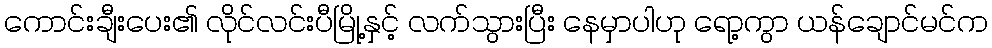
ကောင်းချီးပေး၏ လိုင်လင်းပီမြို့နှင့် လက်သွားပြီး နေမှာပါဟု ရော့ကွာ ယန်ချောင်မင်က